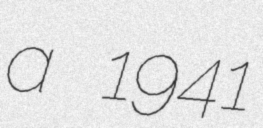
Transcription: a 1941